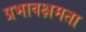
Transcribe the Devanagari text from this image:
प्रभावक्षमता